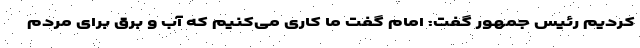
کردیم رئیس جمهور گفت: امام گفت ما کاری می‌کنیم که آب و برق برای مردم